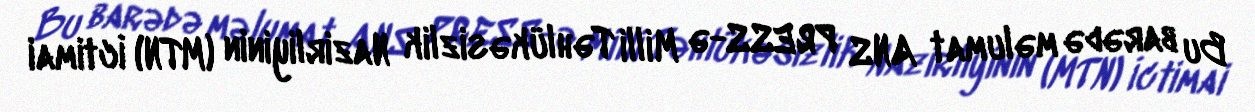
Bu barədə məlumat ANS PRESS-ə Milli Təhlükəsizlik Nazirliyinin (MTN) İctimai